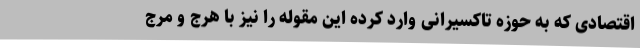
اقتصادی که به حوزه تاکسیرانی وارد کرده این مقوله را نیز با هرج و مرج